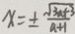
x = \pm \frac { \sqrt { 3 a + 3 } } { a + 1 }